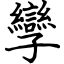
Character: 孿